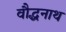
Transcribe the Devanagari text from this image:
वौद्धनाथ